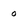
Character: o